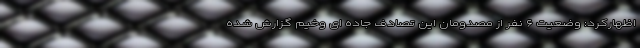
اظهارکرد: وضعیت ۶ نفر از مصدومان این تصادف جاده ای وخیم گزارش شده